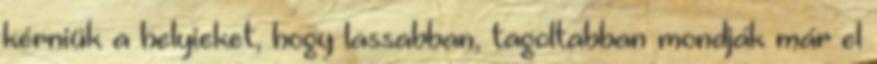
kérniük a helyieket, hogy lassabban, tagoltabban mondják már el